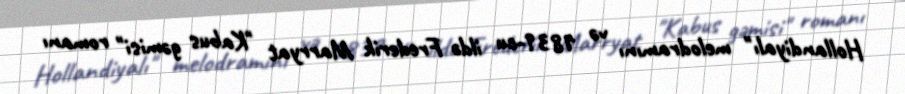
Hollandiyalı" melodramını və 1839-cu ildə Frederik Marryat "Kabus gəmisi" romanı